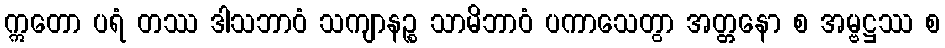
ဣတော ပရံ တဿ ဒါသဘာဝံ သကျာနဉ္စ သာမိဘာဝံ ပကာသေတွာ အတ္တနော စ အမ္ဗဋ္ဌဿ စ